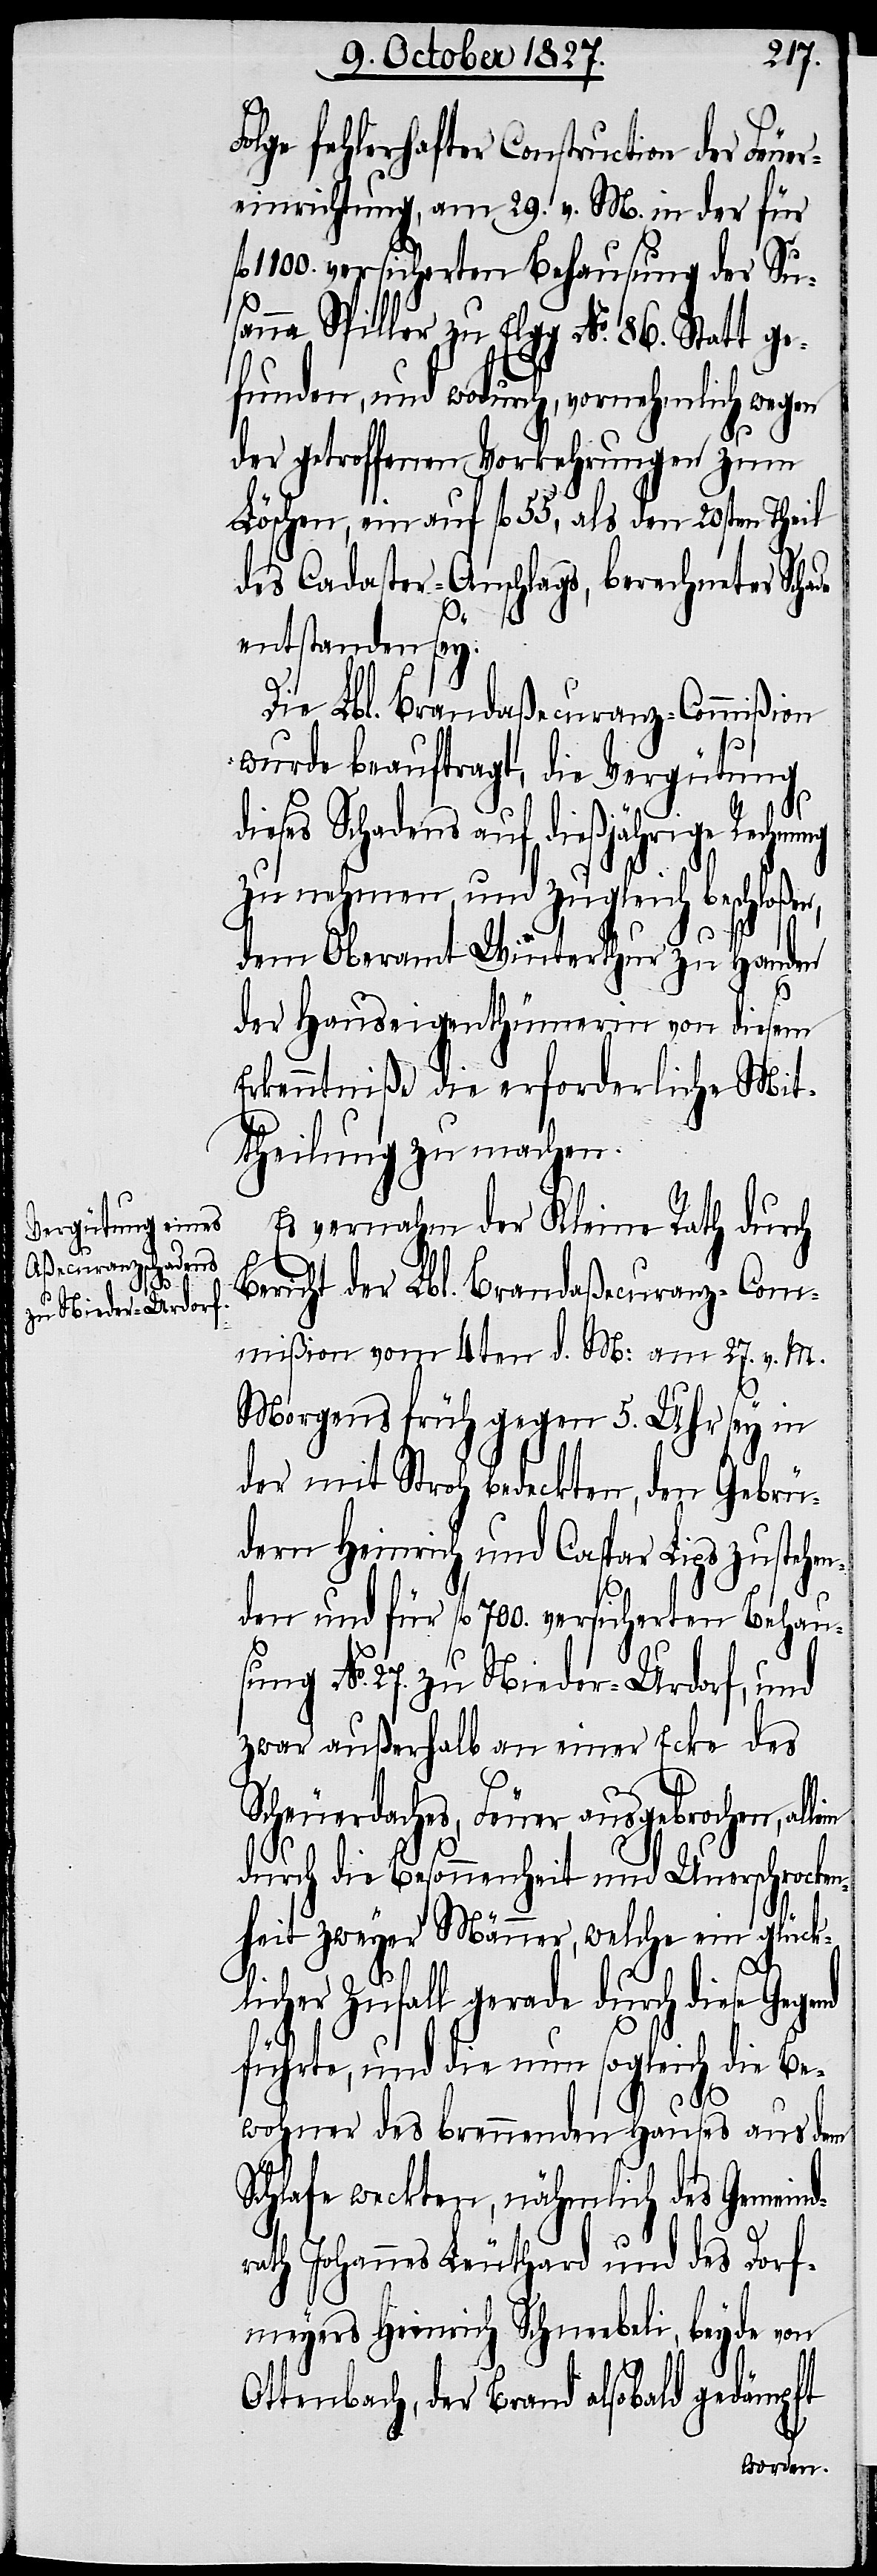
zu Nieder-Urdorf,

27.
ung
olge fehlerhafter Construction der Feuer¬
einrichtung, am 29. v. M. in der für
1100. versicherten Behausung der Su¬
sanna Spiller zu Elgg No. 86. Statt ge¬
funden, und wodurch, vornehmlich wegen
der getroffenen Vorkehrungen zum
Löschen, ein auf fl. 55, als den 20sten Theil
des Cadaster-Anschlags, berechneter Sch¬
ade
entstanden sey.
Die Lbl. Brand-Aßecuranz-Commißion
wurde beauftragt, die Vergütung
dieses Schadens auf dießjährige Rechnung
zu nehmen, und zugleich beschloßen,
dem Oberamt Winterthur zu Handen
der Hauseigenthümerin von diesem
Erkenntniße die erforderliche Mit¬
theilung zu machen.
Es vernahm der Kleine Rath durch
Bericht der Lbl. Brandaßecuranz-Com¬
mißion vom 4ten d. M: am 27. v. M.
Morgens früh gegen 5. Uhr sey in
der mit Stroh bedeckten, den Gebrü¬
dern Heinrich und Caspar Lips zustehen¬
den und für fl. 700. versicherten Behaus¬
zwar außerhalb an einer Ecke des
Scheuerdaches, Feuer ausgebrochen, al¬
durch die Besonnenheit und Unerschrocken¬
lein
heit zweyer Männer, welche ein glück¬
licher Zufall gerade durch diese Gegend
führte, und die nun sogleich die Be¬
No.
wohner des brennenden Hauses aus dem
Schlafe weckten, nähmlich des Gemeind¬
rath Johannes Leuthard und des Dorf¬
meyers Heinrich Schneebeli, beyde von
Ottenbach, der Brand alsobald gedämpft